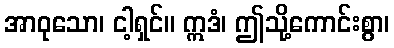
အာဝုသော၊ ငါ့ရှင်။ ဣဒံ၊ ဤသို့ကောင်းစွာ၊